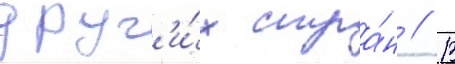
друг'и́х стра́н // В